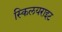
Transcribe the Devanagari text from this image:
स्किलयराइट